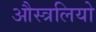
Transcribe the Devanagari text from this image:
औस्त्रलियो